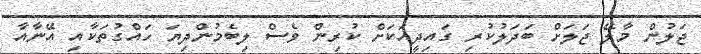
ޖަލުން މާލޭ ޖަލަށް ބަދަލުކުރި ގައިދީއަކަށް ކުރިން ވެސް ލިބެމުންދިޔަ ހައްގުތަކާއި އޭނާއާ